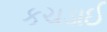
કચડાઈ